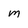
Character: m